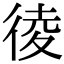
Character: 𢔁